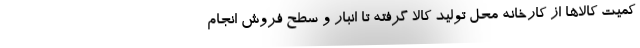
کمیت کالاها از کارخانه محل تولید کالا گرفته تا انبار و سطح فروش انجام